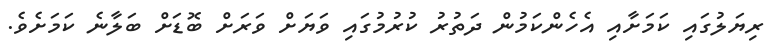
ރިޔަލުގައި ކަމަށާއި އެހެންކަމުން ދަތުރު ކުރުމުގައި ވަޔަށް ވަރަށް ބޮޑަށް ބަލާނެ ކަމަށެވެ.